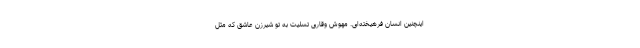
اینچنین انسان فرهیخته‌ای. مهوش وقاری تسلیت به تو شیرزن عاشق که مثل